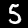
Label: 5